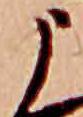
う